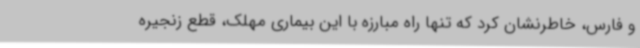
و فارس، خاطرنشان کرد که تنها راه مبارزه با این بیماری مهلک، قطع زنجیره